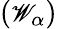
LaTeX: ({\small{\mathscr W}}_{\alpha})